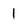
Character: 1